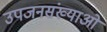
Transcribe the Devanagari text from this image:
उपजनसंख्याओं